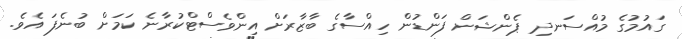
ގައުމުގެ މުއްސަނދި ޕެންޝަން ފަންޑުން ހިއްސާގެ ބާޒާރަށް އިންވެސްޓްކުރާނެ ކަމަށް ބުނެފަ އެވެ.